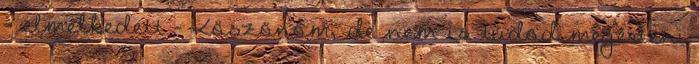
– elmélkedett – Köszönöm, de nem is tudod megérteni